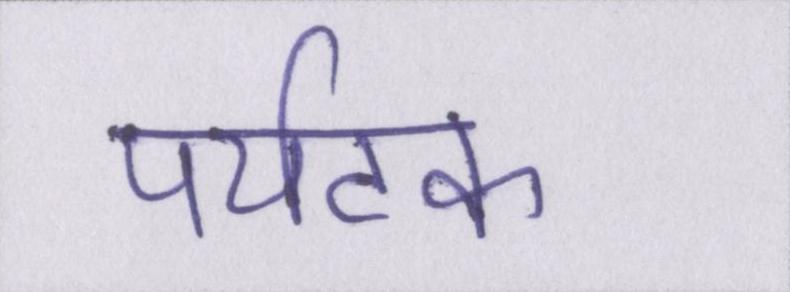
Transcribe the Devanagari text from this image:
पर्यटक